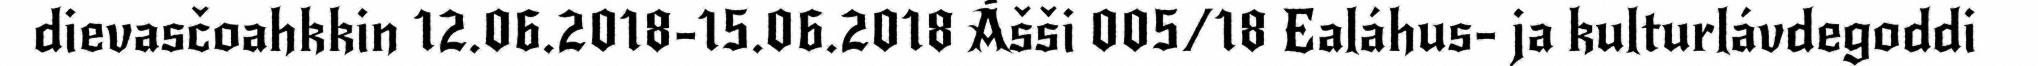
dievasčoahkkin 12.06.2018-15.06.2018 Ášši 005/18 Ealáhus- ja kulturlávdegoddi